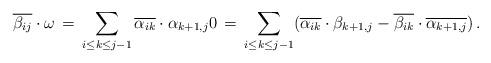
LaTeX: \begin{align*} \overline{\beta_{ij}}\cdot\omega\,=\, \sum_{i\leq k\leq j-1} \overline{\alpha_{ik}}\cdot\alpha_{k+1,j} 0\,=\,\sum_{i\leq k\leq j-1} (\overline{\alpha_{ik}}\cdot\beta_{k+1,j}-\overline{\beta_{ik}}\cdot\overline{\alpha_{k+1,j}})\, .\end{align*}